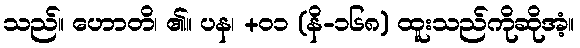
သည်။ ဟောတိ၊ ၏။ ပန၊ +၀၁ (နိ-၁၆၈) ထူးသည်ကိုဆိုအံ့။